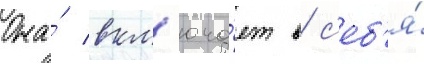
Она́ вкл'юча́ет в с'еб'я́